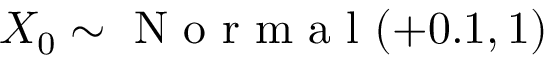
X _ { 0 } \sim \mathrm { ~ N ~ o ~ r ~ m ~ a ~ l ~ } ( + 0 . 1 , 1 )